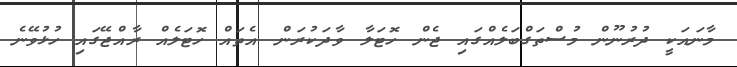
މާނައަކީ ދުރުނޫން މުސްތަގްބަލެއްގައި ޖެން ހޮޓަލާ ވާދަކުރަން އެތައް ހޮޓަލެއް ރާއްޖޭގައި ހުޅުވޭނެ